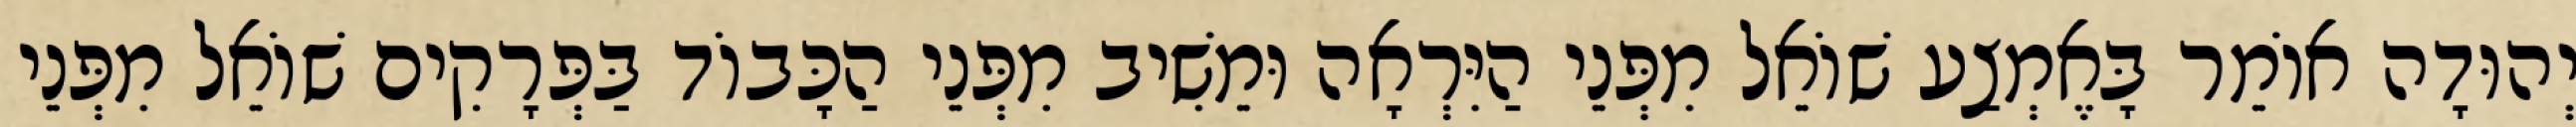
יְהוּדָה אוֹמֵר בָּאֶמְצַע שׁוֹאֵל מִפְּנֵי הַיִּרְאָה וּמֵשִׁיב מִפְּנֵי הַכָּבוֹד בַּפְּרָקִים שׁוֹאֵל מִפְּנֵי